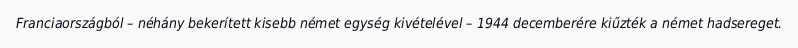
Franciaországból – néhány bekerített kisebb német egység kivételével – 1944 decemberére kiűzték a német hadsereget.